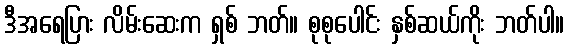
ဒီအရေပြား လိမ်းဆေးက ရှစ် ဘတ်။ စုစုပေါင်း နှစ်ဆယ်ကိုး ဘတ်ပါ။